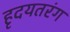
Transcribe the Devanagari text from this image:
हृदयतरंग